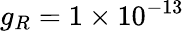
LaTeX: g_{R}=1\times 10^{-13}